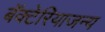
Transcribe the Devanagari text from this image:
बॅक्टेरियाजन्य